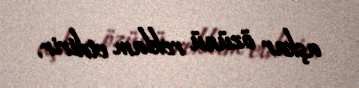
aşkar özünü reklam etdirir.